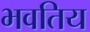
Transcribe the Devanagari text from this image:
भवतिय